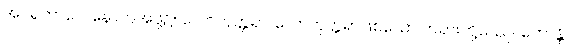
အပရဘာဂေ၊ နောက်အဖို့၌။ လောကုတ္တရာ၊ လောကုတ္တရာဖြစ်သော တရားတို့သည်။ ဟောန္တိ၊